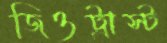
জিওট্রাস্ট